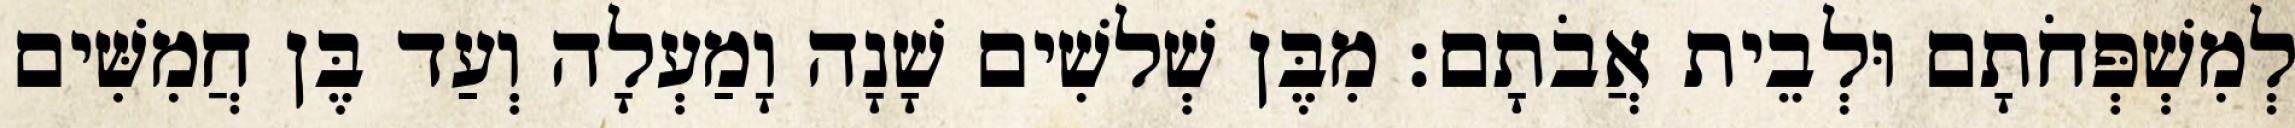
לְמִשְׁפְּחֹתָם וּלְבֵית אֲבֹתָם׃ מִבֶּן שְׁלשִׁים שָׁנָה וָמַעְלָה וְעַד בֶּן חֲמִשִּׁים